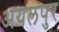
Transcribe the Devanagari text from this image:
अयलपुर